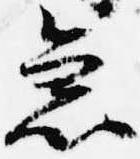
急